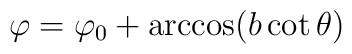
\varphi =\varphi _{0}+\arccos (b\cot \theta )